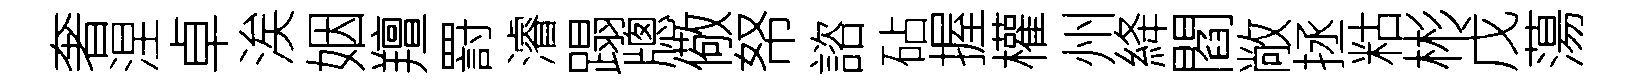
奢涅卓涘姻羶罸濬蹋牕儆帑諮砧握權州絳閻敞拯䊀彬戊蕩